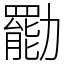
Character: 㔥